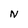
Character: N